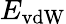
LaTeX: E_{\mathrm{vdW}}